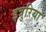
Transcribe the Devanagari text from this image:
इत्रुरिया